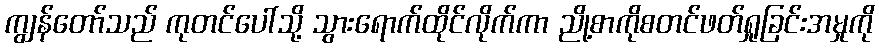
ကျွန်တော်သည် ကုတင်ပေါ်သို့ သွားရောက်ထိုင်လိုက်ကာ ညို့စာကိုစတင်ဖတ်ရှုခြင်းအမှုကို